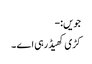
جویں:-
کڑی کھیڈ رہی اے ۔